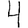
Digit: 4